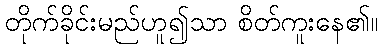
တိုက်ခိုင်းမည်ဟူ၍သာ စိတ်ကူးနေ၏။